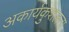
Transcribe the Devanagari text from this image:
अकार्यकुशलता